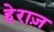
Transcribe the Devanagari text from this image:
हेराज़